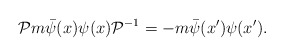
\begin{align*}{\cal{P}} m \bar \psi (x) \psi (x) {\cal{P}}^{-1} = - m \bar \psi (x') \psi(x') .\end{align*}